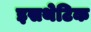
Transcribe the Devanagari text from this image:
इसथेटिक